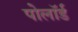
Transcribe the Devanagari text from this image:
पोलॉर्ड